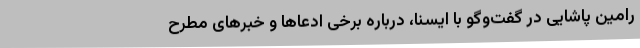
رامین پاشایی در گفت‌وگو با ایسنا، درباره برخی ادعاها و خبرهای مطرح